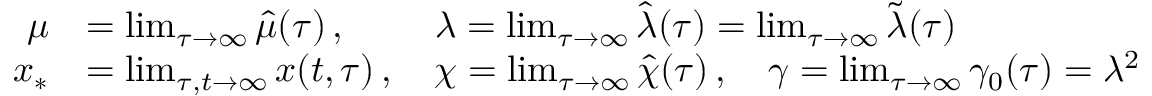
\begin{array} { r l } { \mu } & { = \operatorname* { l i m } _ { \tau \rightarrow \infty } \hat { \mu } ( \tau ) \, , \, \, \qquad \lambda = \operatorname* { l i m } _ { \tau \rightarrow \infty } \hat { \lambda } ( \tau ) = \operatorname* { l i m } _ { \tau \rightarrow \infty } \tilde { \lambda } ( \tau ) } \\ { x _ { * } } & { = \operatorname* { l i m } _ { \tau , t \rightarrow \infty } x ( t , \tau ) \, , \quad \chi = \operatorname* { l i m } _ { \tau \rightarrow \infty } \hat { \chi } ( \tau ) \, , \quad \gamma = \operatorname* { l i m } _ { \tau \rightarrow \infty } \gamma _ { 0 } ( \tau ) = \lambda ^ { 2 } } \end{array}